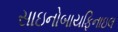
સાઇનોબાયફિનાઇલ